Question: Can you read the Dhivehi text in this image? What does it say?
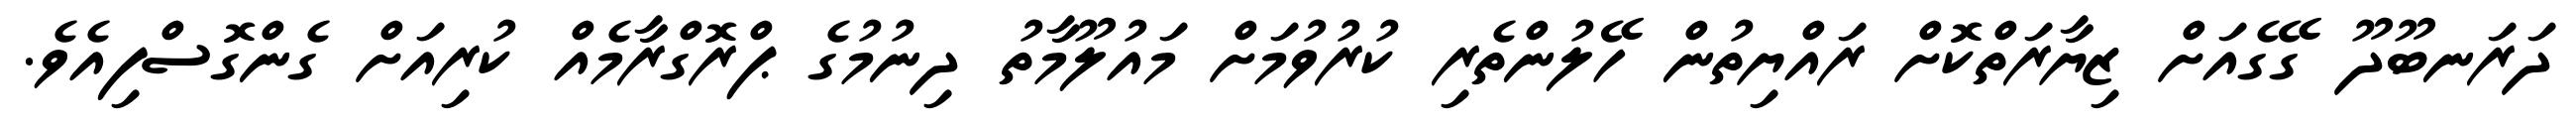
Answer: ދަރަނބޫދޫ ގޭގެއަށް ޒިޔާރަތްކޮށް ރައްޔިތުން ހޭލުންތެރި ކުރުވުމަށް މައުލޫމާތު ދިނުމުގެ ޕްރޮގްރާމެއް ކުރިއަށް ގެންގޮސްފިއެވެ.